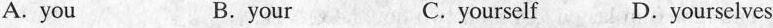
A.you B.your C.yourself D.yourselves